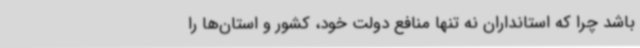
باشد چرا که استانداران نه تنها منافع دولت خود، کشور و استان‌ها را